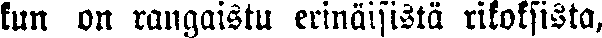
kun on rangaistu erinäisistä rikoksista,